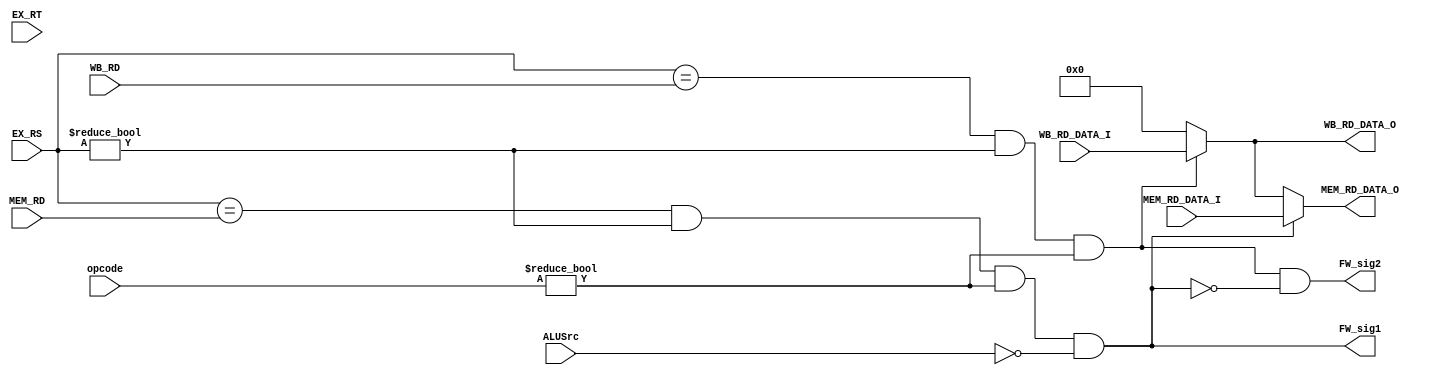
module Forwarding_Unit_EX (
    input [5:0] opcode,
    input [4:0] EX_RS, EX_RT,
    input [4:0] MEM_RD, WB_RD,
    input [31:0] MEM_RD_DATA_I, WB_RD_DATA_I,
    input ALUSrc,
    output reg [31:0] MEM_RD_DATA_O, WB_RD_DATA_O,
    output reg FW_sig1, FW_sig2
);

  // Forwarding conditions
  wire MEM_to_EX = (EX_RS == MEM_RD) && (EX_RS != 5'b0) && (opcode != 6'b000000) && !ALUSrc; // opcode all 0 represents R-type, R-type instructions use the 'EX_RS' register as a source operand so forwarding unit does not needed.
  wire WB_to_EX = (EX_RS == WB_RD) && (EX_RS != 5'b0) && (opcode != 6'b000000);

  // Forwarding signals
  assign FW_sig1 = MEM_to_EX;
  assign FW_sig2 = WB_to_EX && !MEM_to_EX;

  // Forwarding logic for MEM_RD_DATA
  always @(*) begin
    if (MEM_to_EX)
      MEM_RD_DATA_O = MEM_RD_DATA_I;
    else if (WB_to_EX)
      MEM_RD_DATA_O = WB_RD_DATA_I;
    else
      MEM_RD_DATA_O = 32'b0;
  end

  // Forwarding logic for WB_RD_DATA
  always @(*) begin
    if (WB_to_EX)
      WB_RD_DATA_O = WB_RD_DATA_I;
    else
      WB_RD_DATA_O = 32'b0;
  end

endmodule